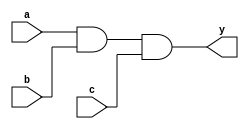
module three_input_and_gate(
    input a,
    input b,
    input c,
    output y
);

assign y = a & b & c;

endmodule